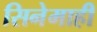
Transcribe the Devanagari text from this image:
सिनेमाही